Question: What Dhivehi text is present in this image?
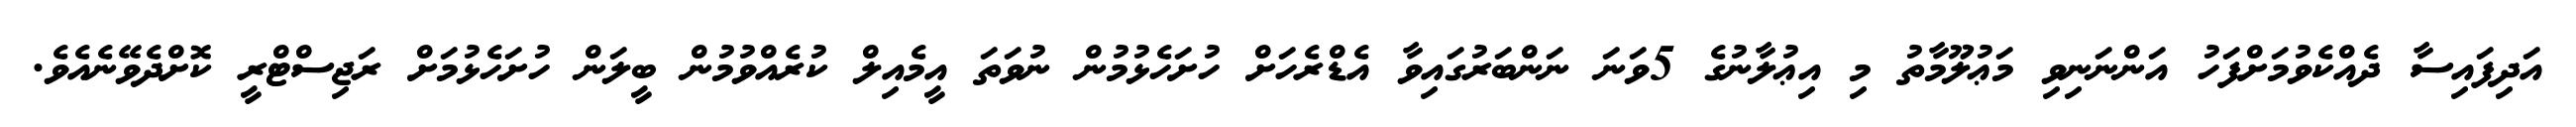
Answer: އަދިފައިސާ ދެއްކެވުމަށްފަހު އަންނަނިވި މަޢުލޫމާތު މި އިޢުލާނުގެ 5ވަނަ ނަންބަރުގައިވާ އެޑްރެހަށް ހުށަހެޅުމުން ނުވަތަ އީމެއިލް ކުރެއްވުމުން ބީލަން ހުށަހެޅުމަށް ރަޖިސްޓްރީ ކޮށްދެވޭނެއެވެ.